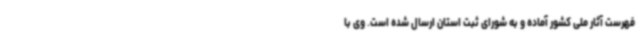
فهرست آثار ملی کشور آماده و به شورای ثبت استان ارسال شده است. وی با